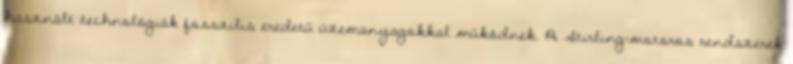
használt technológiák fosszilis eredetű üzemanyagokkal működnek. A Stirling-motoros rendszerek